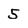
Character: 5